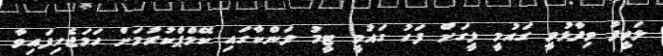
ލަތީފު ވިދާޅުވީ ގައުމީ ލީގަށް ފަހު ގައުމީ ޓީމު ލަންކާގައި ކޭމްޕްކުރުމަށް ހަމަޖެހިފައިވާ